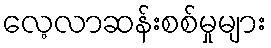
လေ့လာဆန်းစစ်မှုများ